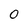
Character: 0